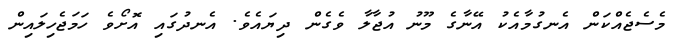
މެސެޖެއްކަން އެނގުމާއެކު އޭނާގެ މޫނު އުޖާލާ ވެގެން ދިޔައެވެ. އެނދުގައި އޮށޯވެ ހަމަޖެހިލައިން